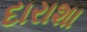
દારાશા